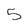
Character: 5